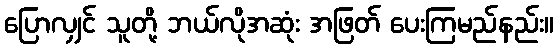
ပြောလျှင် သူတို့ ဘယ်လိုအဆုံး အဖြတ် ပေးကြမည်နည်း။